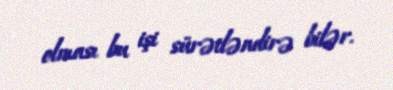
olması bu işi sürətləndirə bilər.